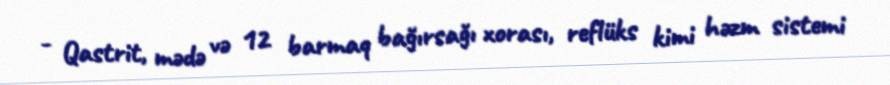
- Qastrit, mədə və 12 barmaq bağırsağı xorası, reflüks kimi həzm sistemi